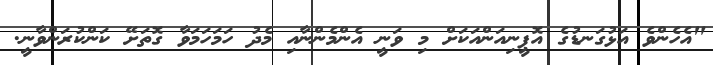
"އެހެންވެ އަޅުގަނޑުގެ އޮޕީނިއަންއަކަށް މި ވަނީ އެންމެންނާއި މެދު ހަމަހަމަވާ ގޮތަށޭ ކަންކުރަންވާނީ.